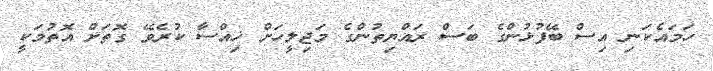
ހަމައެކަނި އިސް ބޭފުޅުންގެ ބަސް ރައްޔިތުންގެ މަޖިލީހަށް ޚިއްސާ ކުރެވޭ ގޮތަށް އޮތުމަކީ